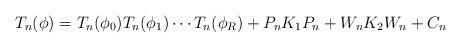
LaTeX: \begin{align*}T_n(\phi)=T_n(\phi_0)T_n(\phi_1)\cdots T_n(\phi_R) + P_nK_1P_n+W_nK_2W_n +C_n\end{align*}